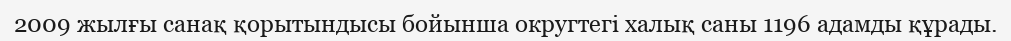
2009 жылғы санақ қорытындысы бойынша округтегі халық саны 1196 адамды құрады.